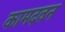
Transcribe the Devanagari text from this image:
कामदवन